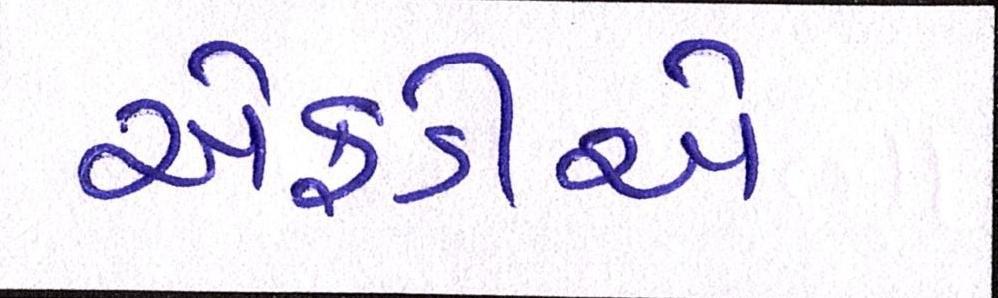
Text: એફડીએ